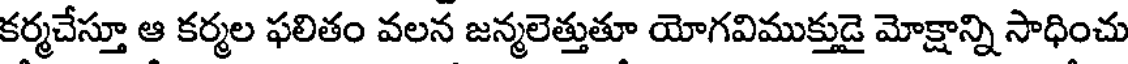
కర్మచేస్తూ ఆ కర్మల ఫలితం వలన జన్మలెత్తుతూ యోగవిముక్తుడై మోక్షాన్ని సాధించు